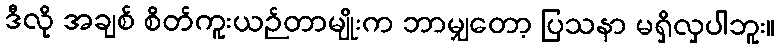
ဒီလို အချစ် စိတ်ကူးယဉ်တာမျိုးက ဘာမျှတော့ ပြသနာ မရှိလှပါဘူး။